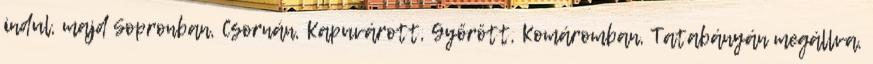
indul, majd Sopronban, Csornán, Kapuvárott, Győrött, Komáromban, Tatabányán megállva,